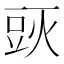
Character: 𰶙